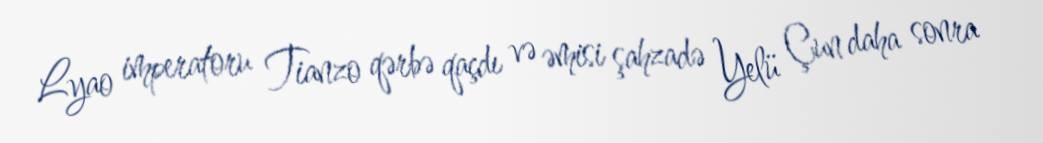
Lyao imperatoru Tianzo qərbə qaçdı və əmisi şahzadə Yelü Çun daha sonra